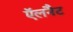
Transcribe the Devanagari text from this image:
ऍलनैट